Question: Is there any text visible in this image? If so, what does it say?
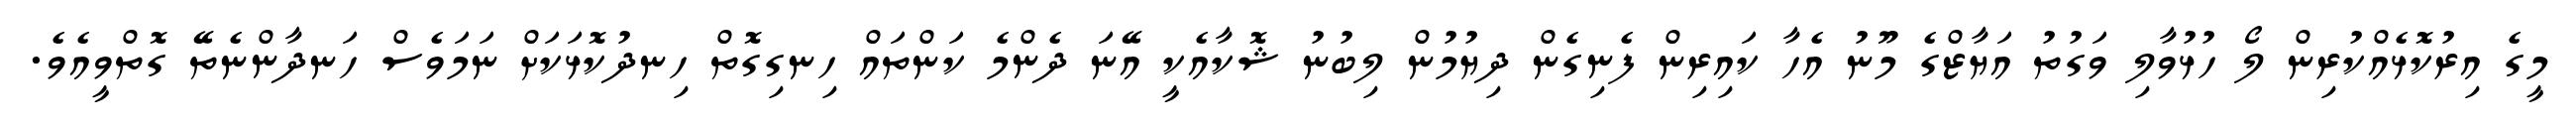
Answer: މީގެ އިރުކޮޅެއްކުރިން ލޯ ހުޅުވާލި ވަގުތު އަޔާޒްގެ މޫނު އެހާ ކައިރިން ފެނިގެން ދިޔުމުން ލިބުނު ޝޮކާއެކީ އޭނަ ދެންމެ ކަންތައް ހިނގިގޮތް ހިނދުކޮޅަކަށް ނަމަވެސް ހަނދާންނެތޭ ގޮތްވީއެވެ.